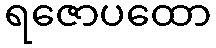
ရဇောပထော